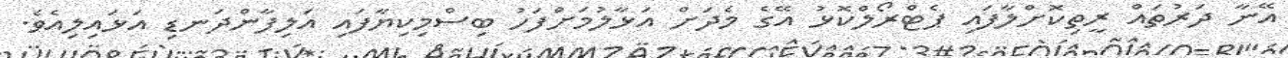
އޭނާ ދަރުތައް ރީތިކޮށްލާފައި ޕެޓްރޯލްކޮޅު އޭގެ މެދަށް އަޅާލުމަށްފަހު ބިސްމިކިޔާފައި އަލިފާންދަނޑި އަޅައިލިއެވެ.